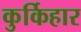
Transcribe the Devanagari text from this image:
कुर्किहार